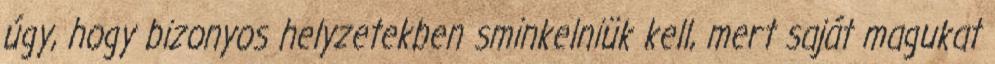
úgy, hogy bizonyos helyzetekben sminkelniük kell, mert saját magukat